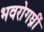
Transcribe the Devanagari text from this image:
भवरोगघ्नीं